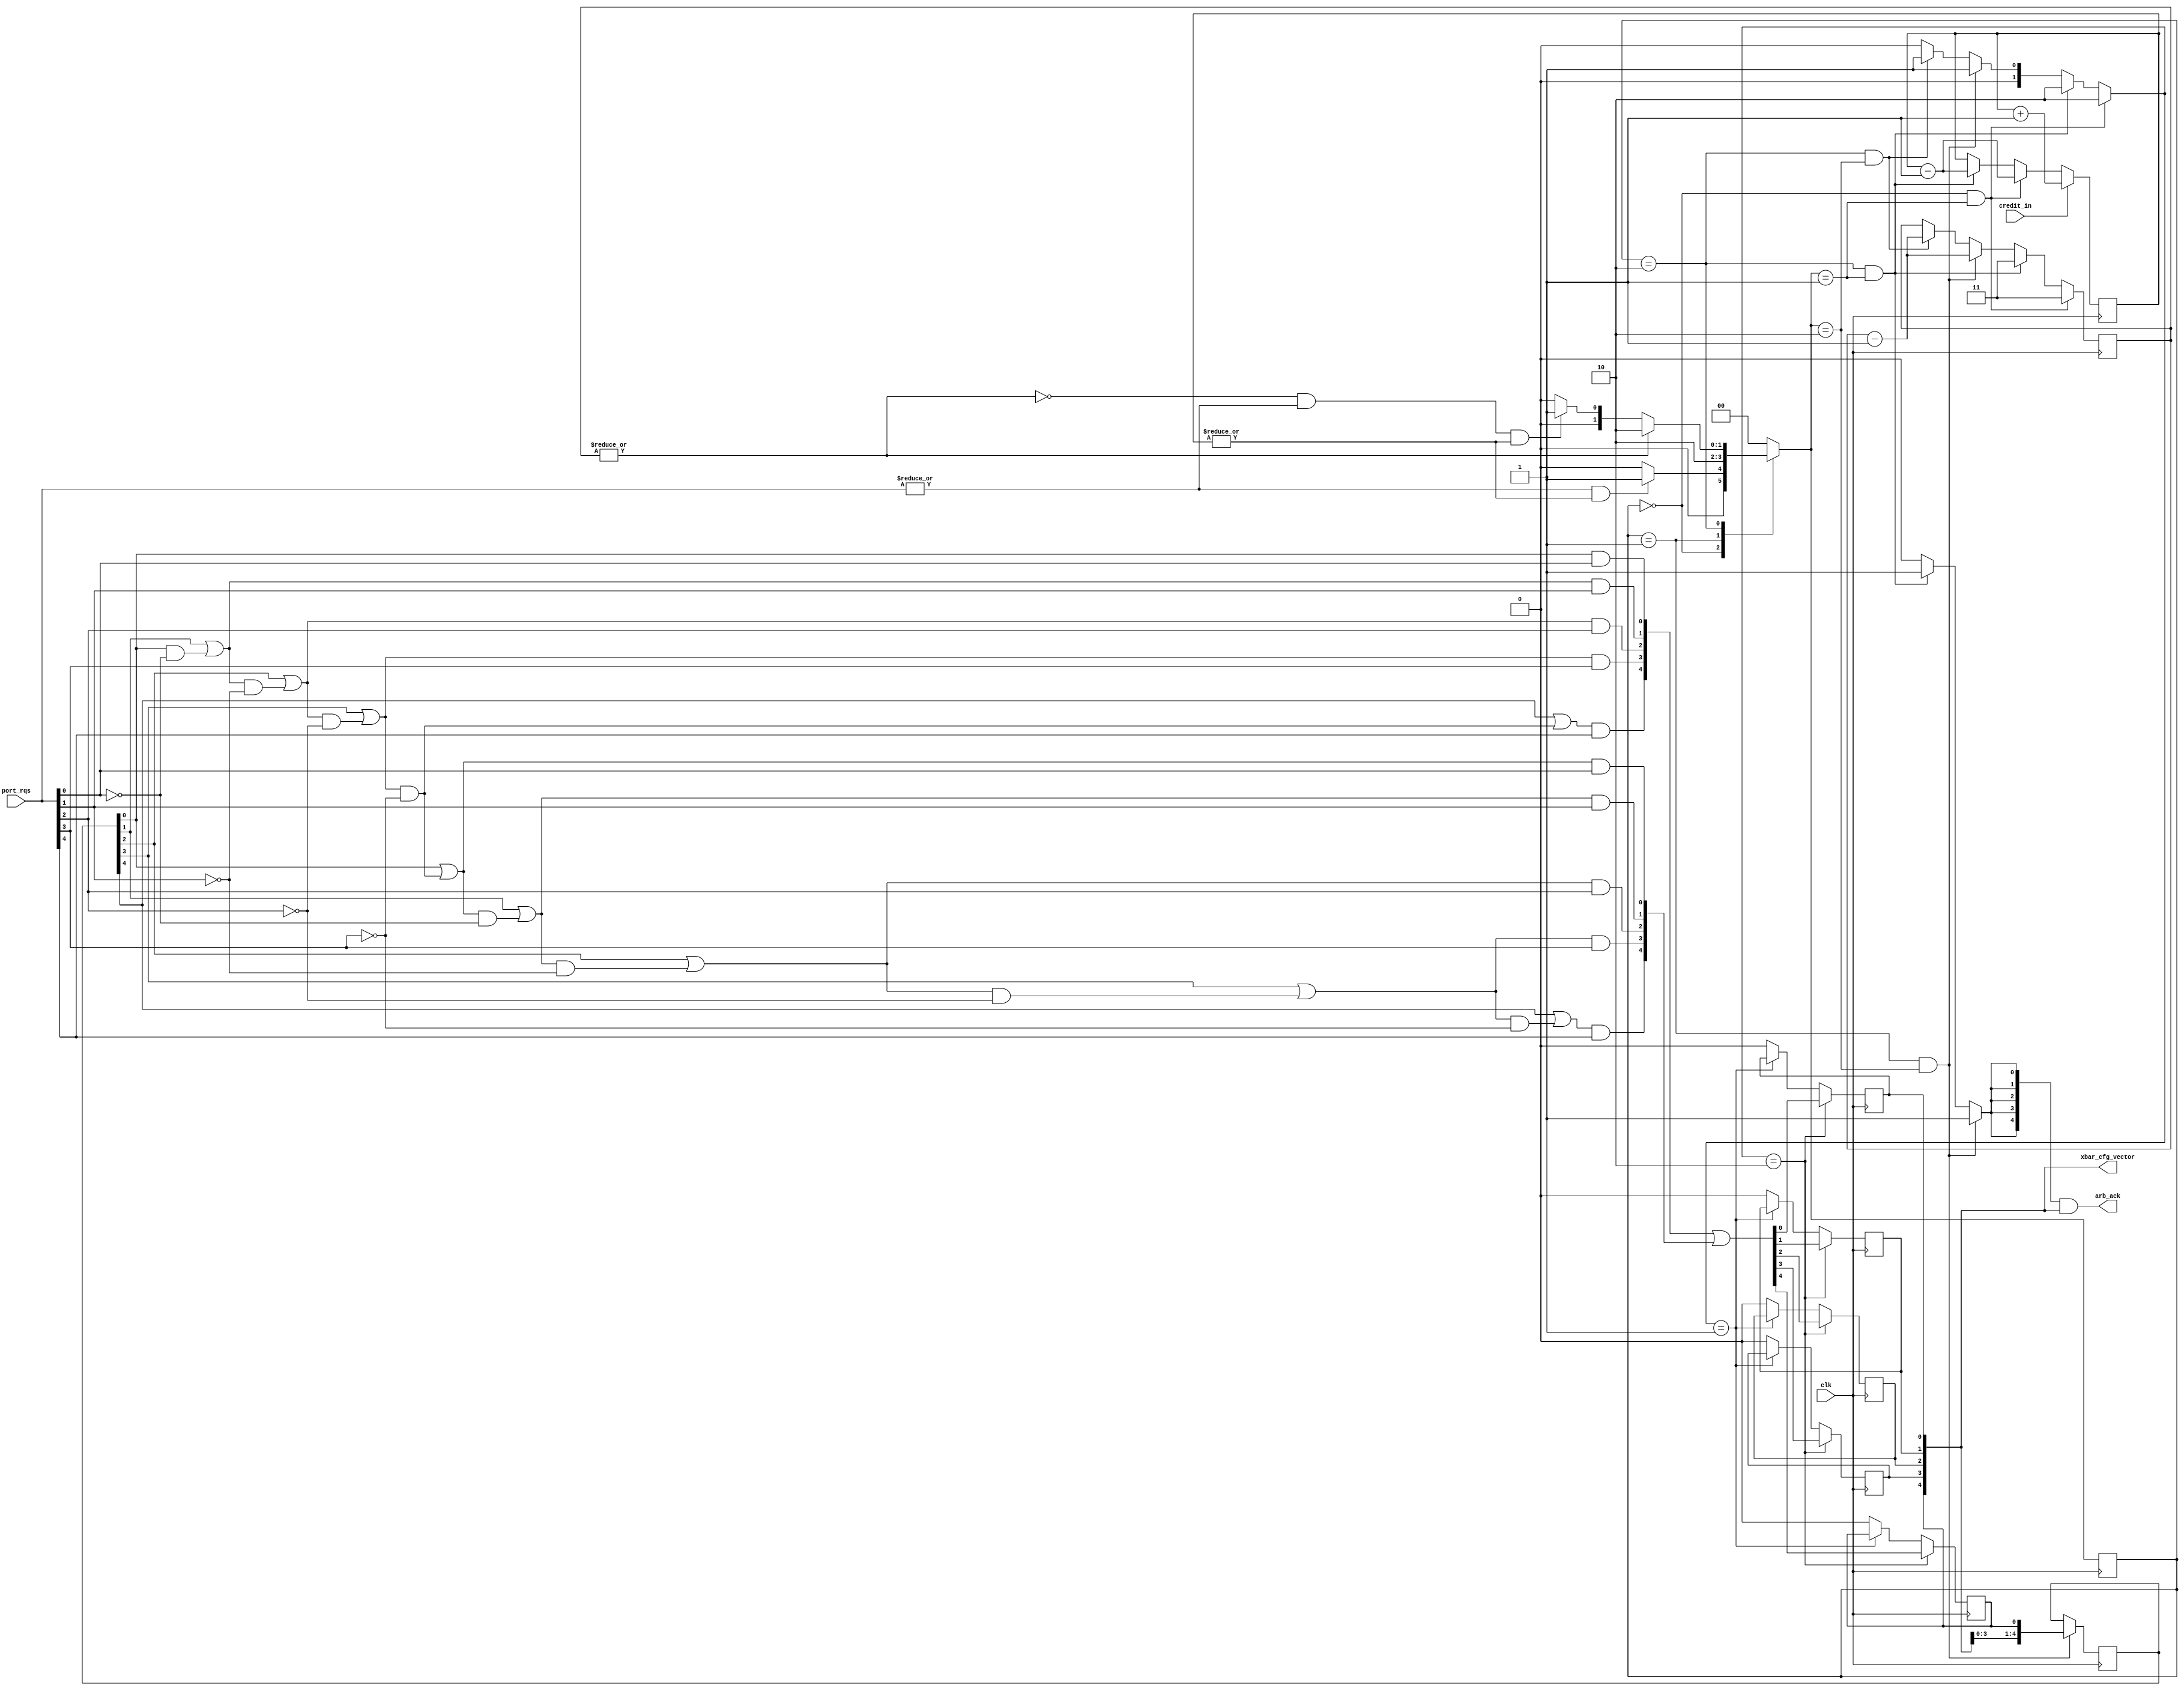
module ccs
	(
		input wire 	clk,
    /* --- inputs --- */
        input wire  credit_in,
		input wire  [PORTS-1:0]	port_rqs,
    /* --- outputs --- */
		output wire [PORTS-1:0] arb_ack,
		output wire [PORTS-1:0]	xbar_cfg_vector
    );


    genvar index;

// --- local parameters --- //
    localparam PORTS   = 5;
    localparam CREDITS = 4;

    localparam IDLE = 2'b00;
    localparam NEW  = 2'b01;
    localparam PULL = 2'b10;

    localparam ZERO = 2'b00;
    localparam HOLD = 2'b01;
    localparam NEXT = 2'b10;

    localparam FULL = 2'b11;



// --- signals --- //

    // --- credit handler --- //
        wire any_crd;

        wire [2:0] crd_next;
        reg  [2:0] crd_reg = CREDITS;

    // --- arbiter --- //
        wire [PORTS-1:0] grant_vector_next;

        wire [PORTS-1:0] p_next;
        reg  [PORTS-1:0] p_reg = 1;

        wire [PORTS-1:0] arb1_grant;
        wire [PORTS-1:0] arb2_grant;

        wire [PORTS-1:0] arb1_cc;
        wire [PORTS-1:0] arb2_cc;

    // --- opcu --- //
        wire any_grant;
        wire any_rqs;
        wire arb_grant;

        reg  [1:0] fsm_cnt_reg = 2'b00;
        wire [1:0] fsm_cnt_next;

        wire [1:0] fsm_mux_cfg;

        reg  [1:0] state_reg = IDLE;
        reg  [1:0] state_next;

    // --- hold circuit --- //
        wire [PORTS-1:0] cfg_vector_next;
        reg  [PORTS-1:0] cfg_vector_reg = 0;




// --- credit handler --- //
// '''Documentation

    /* --- memory logic --- */
    always @(posedge clk)
        crd_reg <= crd_next;

    /* --- next state logic --- */
    assign crd_next = (credit_in)                              ? crd_reg + 1'b1 :
                      (state_reg == IDLE && state_next == NEW) ? crd_reg - 1'b1 :
                      (state_reg == PULL && state_next == NEW) ? crd_reg - 1'b1 :
                      crd_reg;

    /* --- output logic --- */
    assign any_crd = |crd_reg;





// --- arbiter --- //
// '''Documentation

    // --- priority encoder ---
        // --- memory logic --- //
        always @(posedge clk)
            p_reg <= p_next;
        
        // --- combinational logic --- //
        assign p_next = (state_reg == NEW && state_next == PULL) ? {cfg_vector_reg[PORTS-2:0], cfg_vector_reg[PORTS-1]} :
                        p_reg; 



    // --- arbiter --- //
        // --- arbiter slice 1 --- //
        generate
            for(index=0; index<PORTS; index=index+1)
                begin: arb1_grant_slice
                    assign arb1_grant[index] = (p_reg[index] | arb1_cc[index]) & port_rqs[index];
                end
        endgenerate

        assign arb1_cc[0] = 1'b0;
        generate
            for (index=1; index<PORTS; index=index+1)
                begin: arb1_cc_slice
                    assign arb1_cc[index] = (p_reg[index-1] | arb1_cc[index-1]) & ~port_rqs[index-1];
                end
        endgenerate

        
        // --- arbiter slice 2 --- //
        generate
            for(index=0; index<PORTS; index=index+1)
                begin: arb2_grant_slice
                    assign arb2_grant[index] = (p_reg[index] | arb2_cc[index]) & port_rqs[index];
                end
        endgenerate

        assign arb2_cc[0] = arb1_cc[PORTS-1]; 
        generate
            for (index=1; index<PORTS; index=index+1)
                begin: arb2_cc_slice
                    assign arb2_cc[index] = (p_reg[index-1] | arb2_cc[index-1]) & ~port_rqs[index-1];
                end
        endgenerate


        // --- output logic --- // 
        assign grant_vector_next = arb1_grant | arb2_grant;




// --- ccu --- //
/* '''
    Documentation
    
    ccu - crossbar control unit
   '''*/

    /* --- control --- */
    assign any_rqs   = |port_rqs;
    assign any_grant = |cfg_vector_reg;

    /* --- memory logic --- */
    always @(posedge clk)
        state_reg <= state_next;

    /* --- combinational logic --- */
    always @(*) begin
        state_next = IDLE;
        case (state_reg)
            IDLE: 
                if (any_rqs && any_crd)
                    state_next = NEW;
                else
                    state_next = IDLE;
            NEW:
                state_next = PULL;
            PULL:
                if (|fsm_cnt_reg)
                    state_next = PULL;
                else if (~|fsm_cnt_reg && any_rqs && any_crd)
                    state_next = NEW;
                else
                    state_next = IDLE; 
        endcase
    end

    /* --- output logic --- */
    assign fsm_mux_cfg  = (state_reg == IDLE && state_next == NEW)  ? NEXT :
                          (state_reg == PULL && state_next == NEW)  ? NEXT :
                          (state_reg == NEW  && state_next == PULL) ? HOLD :
                          (state_reg == PULL && state_next == PULL) ? HOLD :
                          ZERO;


    assign arb_grant   = (state_reg == NEW && state_next == PULL) ? 1'b1 :
                         (state_reg == PULL && state_next == NEW) ? 1'b1 :
                         1'b0;

    assign arb_ack     = {5{arb_grant}} & cfg_vector_reg;


    /* --- fsm counter memory logic --- */
    always @(posedge clk)
        fsm_cnt_reg <= fsm_cnt_next;

    /* --- fsm counter combinational logic --- */
    assign fsm_cnt_next = (state_reg == IDLE && state_next == NEW)  ? FULL               :
                          (state_reg == PULL && state_next == NEW)  ? FULL               :
                          (state_reg == NEW  && state_next == PULL) ? fsm_cnt_reg - 1'b1 :
                          (state_reg == PULL && state_next == PULL) ? fsm_cnt_reg - 1'b1 :
                          fsm_cnt_reg;





// --- hold circuit --- //
// '''Documentation

    /* --- bit slice --- */
    generate
        for (index=0; index<PORTS;index=index+1)
            begin: hold_slice
                assign cfg_vector_next[index] = (fsm_mux_cfg == NEXT) ? grant_vector_next[index]  :
                                                (fsm_mux_cfg == HOLD) ? cfg_vector_reg   [index]  :
                                                1'b0;
                always @(posedge clk)
                    cfg_vector_reg[index] <= cfg_vector_next[index];
            end
    endgenerate

/* --- output logic --- */
    assign xbar_cfg_vector = cfg_vector_reg;


endmodule